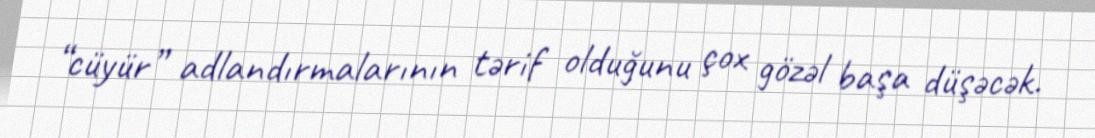
“cüyür” adlandırmalarının tərif olduğunu çox gözəl başa düşəcək.